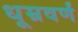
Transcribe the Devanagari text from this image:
धूम्रवर्णं